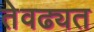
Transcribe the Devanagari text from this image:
तेवढ्यत